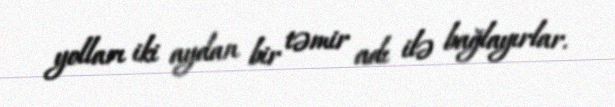
yolları iki aydan bir təmir adı ilə bağlayırlar.